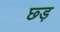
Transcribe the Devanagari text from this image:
छ्ड़